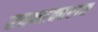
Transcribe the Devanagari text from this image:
रचनाकारास